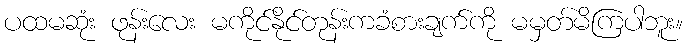
ပထမဆုံး ဖုန်းလေး မကိုင်နိုင်တုန်းကခံစားချက်ကို မမှတ်မိကြပါဘူး။